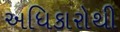
અધિકારોથી